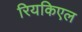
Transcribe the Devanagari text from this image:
रियकिएल